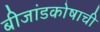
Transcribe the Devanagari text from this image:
बीजांडकोषाची